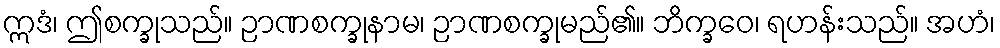
ဣဒံ၊ ဤစက္ခုသည်။ ဉာဏစက္ခုနာမ၊ ဉာဏစက္ခုမည်၏။ ဘိက္ခဝေ၊ ရဟန်းသည်။ အဟံ၊